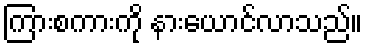
ကြားစကားကို နားယောင်လာသည်။